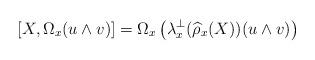
LaTeX: \begin{align*} [X, \Omega_x(u\wedge v)] = \Omega_x\left(\lambda_x^\perp(\widehat{\rho}_x(X))(u\wedge v)\right) \end{align*}